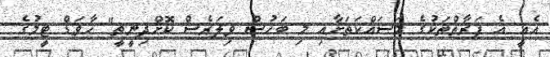
އެއީ އެ ފަރާތްތަކުގެ މަސައްކަތަށާއި މި ބަހުސް ވިލަރެސް ކޮށްދިނީތީ" ހާވަޑް ޓީމުގެ